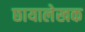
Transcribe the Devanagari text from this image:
छायालेखक